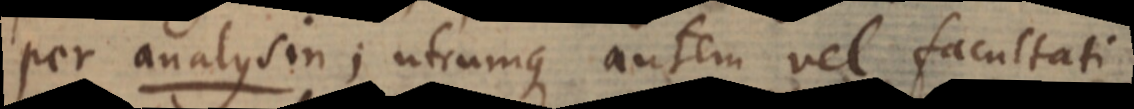
per analysin; utrumque autem vel facultati